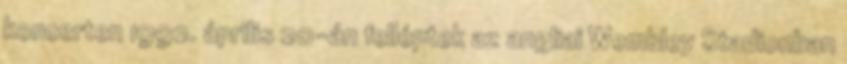
koncerten 1992. április 20-án felléptek az angliai Wembley Stadionban